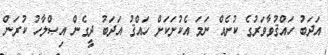
އަދަބު ހައްޤުވާވަރުގެ ކުށެއް ނަމަ އެކުށަކަށް ހައްޤު އަދަބު ދީގެން އިޞްލާހު ކުރަން